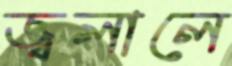
জ্বলালে